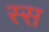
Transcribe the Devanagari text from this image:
स्स